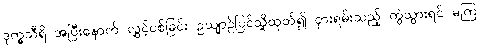
ဒုက္ခသီရိ အပြီးနောက် လွှင့်ပစ်ခြင်း ဥယျာဉ်ပြင်သို့ထုတ်၍ ငှားရမ်းသည့် ကွဲသွားရင် မကြ